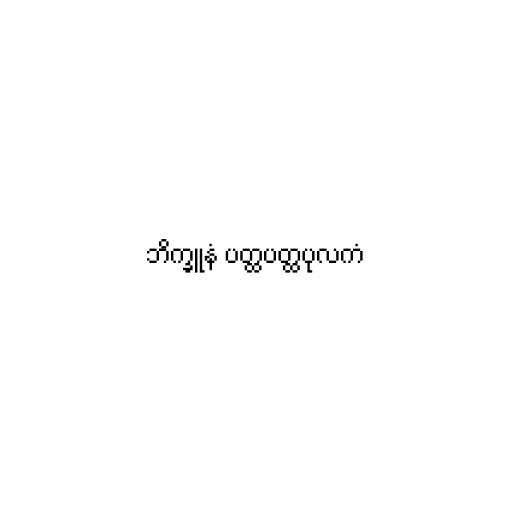
ဘိက္ခူနံ ပတ္ထပတ္ထပုလကံ